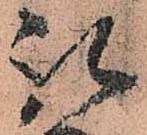
取